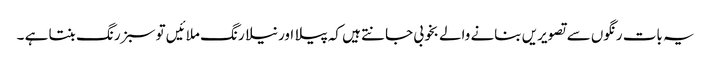
یہ بات رنگوں سے تصویریں بنانے والے بخوبی جانتے ہیں کہ پیلا اور نیلا رنگ ملائیں تو سبز رنگ بنتا ہے ۔